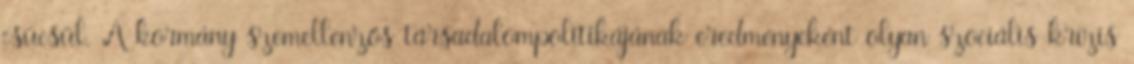
csücsül. A kormány szemellenzős társadalompolitikájának eredményeként olyan szociális krízis